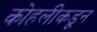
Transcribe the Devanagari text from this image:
कोहलीकडून